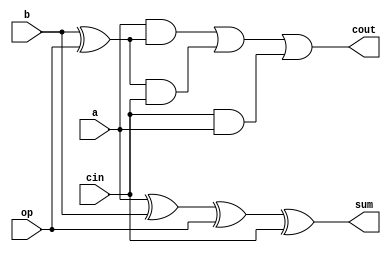
`timescale 1ns / 1ps
//////////////////////////////////////////////////////////////////////////////////
// Company: 
// Engineer: 
// 
// Design Name: 
// Module Name:    one_bit_operator 
// Project Name: 
// Target Devices: 
// Tool versions: 
// Description: 
//
// Dependencies: 
//
// Revision: 
// Revision 0.01 - File Created
// Additional Comments: 
//
//////////////////////////////////////////////////////////////////////////////////
module one_bit_operator(a,b,op,sum,cout,cin);
input a,b,op,cin;
output sum,cout;
wire sum,cout;
assign sum=(a^b^op^cin);
assign cout = (a & (b^op)) | ((b^op) & cin) | (cin & a);
endmodule